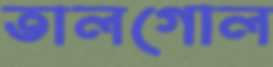
তালগোল